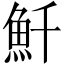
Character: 𩵞